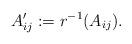
LaTeX: \begin{align*}A_{ij}':=r^{-1}(A_{ij}).\end{align*}